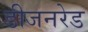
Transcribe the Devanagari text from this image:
डीजनरेड